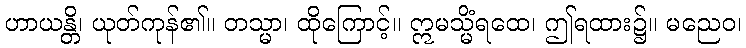
ဟာယန္တိ၊ ယုတ်ကုန်၏။ တသ္မာ၊ ထိုကြောင့်။ ဣမသ္မိံရထေ၊ ဤရထား၌။ မညေဝ၊